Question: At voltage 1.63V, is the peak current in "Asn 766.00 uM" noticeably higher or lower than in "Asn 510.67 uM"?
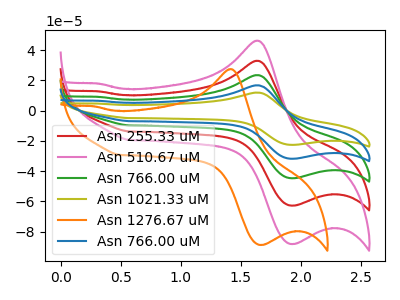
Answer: <think>The red curve "Asn 255.33 uM" has an anodic peak at (1.65V, 32.90uA) and a cathodic peak at (1.95V, -62.80uA). The pink curve "Asn 510.67 uM" has an anodic peak at (1.65V, 46.20uA) and a cathodic peak at (1.95V, -88.20uA). The green curve "Asn 766.00 uM" has an anodic peak at (1.65V, 65.80uA) and a cathodic peak at (1.95V, -125.65uA). The olive curve "Asn 1021.33 uM" has an anodic peak at (1.65V, 131.60uA) and a cathodic peak at (1.95V, -251.30uA). The orange curve "Asn 1276.67 uM" has an anodic peak at (1.40V, 27.40uA) and a cathodic peak at (1.70V, -88.80uA). The blue curve "Asn 766.00 uM" has an anodic peak at (1.65V, 98.70uA) and a cathodic peak at (1.95V, -188.45uA).</think>
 <answer>The peak at 1.63V is higher in "Asn 766.00 uM" than in "Asn 510.67 uM".</answer>
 <eval>higher</eval>